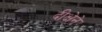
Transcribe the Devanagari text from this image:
दीक्षेने